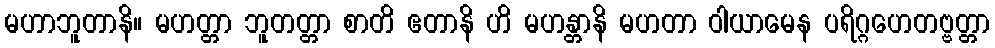
မဟာဘူတာနိ။ မဟတ္တာ ဘူတတ္တာ စာတိ ဧတာနိ ဟိ မဟန္တာနိ မဟတာ ဝါယာမေန ပရိဂ္ဂဟေတဗ္ဗတ္တာ